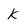
Character: K